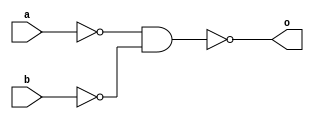
// Implementation -- data flow abstraction
module orfromnand(o,a,b);
    input a,b;
    output o;
        assign o1 = a ~& a;
        assign o2 = b ~& b;
        assign  o = o1 ~& o2;
endmodule